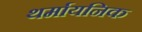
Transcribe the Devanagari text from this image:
थर्मायनिक